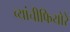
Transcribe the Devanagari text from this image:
व्यांचीफियोरे